Report on vaccination North-West Frontier Province 1904-1922 - 1904-1922
Year: 1904
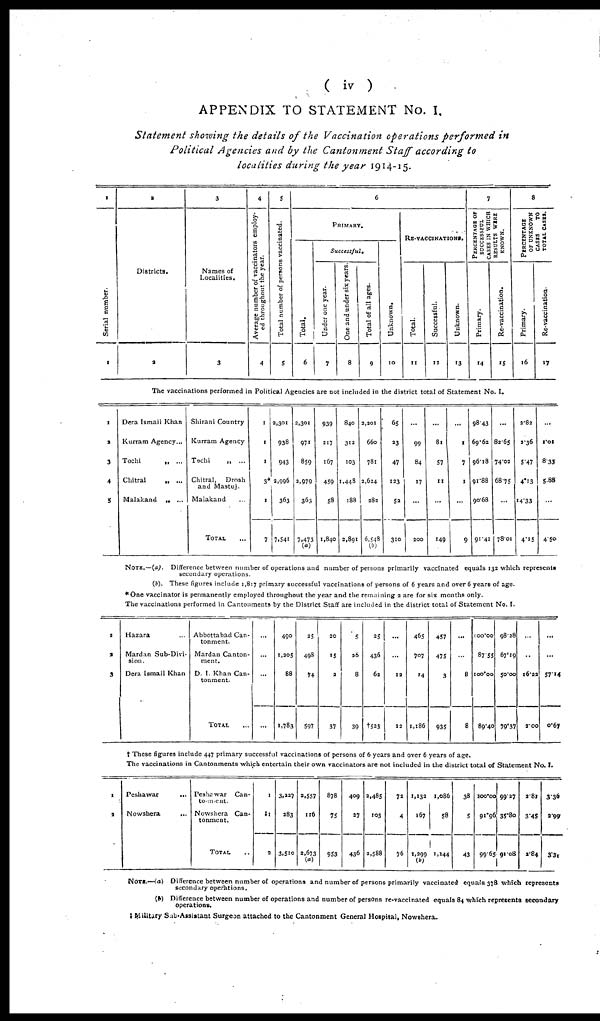
( iv )
APPENDIX TO STATEMENT No. I.
Statement showing the details of the Vaccination operations performed in
Political Agencies and by the Cantonment Staff according to
localities during the year 1914-15.
1
Serial number.
1
2
Districts.
2
3
Names of
Localities.
3
4
Average number of vaccinators employ-
ed throughout the year.
4
5
Total number of persons vaccinated.
5
6
PRIMARY.
Total.
6
Successful.
Under one year.
7
One and under six years.
8
Total of all ages.
9
Unknown.
10
RE-VACCINATIONS.
Total.
11
Successful.
12
Unknown.
13
7
PERCENTAGE OF
SUCCESSFUL
CASES IN WHICH
RESULTS WERE
KNOWN.
Primary.
14
Re-vaccination.
15
8
PERCENTAGE
OF UNKNOWN
CASES
TO
TOTAL CASES.
Primary.
16
Re-vaccination.
17
The vaccinations performed in Political Agencies are not included in the district total of Statement No. I.
1
2
3
4
5
Dera Ismail Khan
Kurram Agency...
Tochi
„ ...
Chitral
„ ...
Malakand
„ ...
Shirani Country
Kurram Agency
Tochi
„ ...
Chitral,
Drosh
and Mastuj.
Malakand ...
TOTAL ...
1
1
1
3*
1
7
2,301
938
943
2,996
363
7,541
2,301
971
859
2,979
363
7,473
(a)
939
217
167
459
58
1,840
840
312
103
1,448
188
2,891
2,201
660
781
2,624
282
6,548
(b)
65
23
47
123
52
310
...
99
84
17
...
200
...
81
57
11
...
149
...
1
7
1
...
9
98.43
69.62
96.18
91.88
90.68
91.41
...
82.65
74.02
68.75
...
78.01
2.82
2.36
547
4.13
14.33
4.15
...
1.01
8.33
5.88
...
4.50
NOTE.—(a). Difference between number of operations and number of persons primarily vaccinated equals 132 which represents
secondary operations.
(b). These figures include 1,817 primary successful vaccinations of persons of 6 years and over 6 years of age.
*One vaccinator is permanently employed throughout the year and the remaining 2 are for six months only.
The vaccinations performed in Cantonments by the District Staff are included in the district total of Statement No. I.
1
2
3
Hazara ...
Mardan Sub-Divi-
sion.
Dera Ismail Khan
Abbottabad Can-
tonment.
Mardan Canton-
ment.
D. I. Khan Can-
tonment.
TOTAL ...
...
...
...
...
490
1,205
88
1,783
25
498
74
597
20
15
2
37
5
26
8
39
25
436
62
†523
...
...
12
12
465
707
14
1,186
457
475
3
935
...
...
8
8
100.00
87.55
100.00
89.40
98.28
67.19
50.00
79.37
...
..
16.22
2.00
...
...
57.14
0.67
† These figures include 447 primary successful vaccinations of persons of 6 years and over 6 years of age.
The vaccinations in Cantonments which entertain their own vaccinators are not included in the district total of Statement No. I.
1
2
Peshawar ...
Nowshera ...
Peshswar
Can¬
tonment.
Nowshera Can-
tonment.
TOTAL ..
1
‡1
2
3,227
283
3,510
2,557
116
2,673
(a)
878
75
953
409
27
436
2,485
103
2,588
72
4
76
1,132
167
1,299
(b)
1,086
58
1,144
38
5
43
100.00
91.96
99.65
99.27
35.80
91.08
2.81
3.45
2.84
3.36
2.99
3.31
NOTE.—(a) Difference between number of operations and number of persons primarily vaccinated equals 378 which represents
secondary operations.
(b) Difference between number of operations and number of persons re-vaccinated equals 84 which represents secondary
operations.
‡ Military Sub-Assistant Surgeon attached to the Cantonment General Hospital, Nowshera.